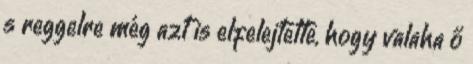
s reggelre még azt is elfelejtette, hogy valaha ő